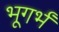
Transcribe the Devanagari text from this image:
भूगर्भं